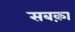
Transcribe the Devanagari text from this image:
सबक़ा